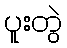
ပူးတွဲ